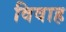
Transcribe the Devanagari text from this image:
विवाह